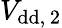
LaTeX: V_{\mathrm{{dd},\, 2}}